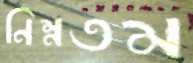
নিম্নতম